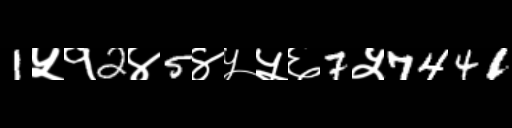
Text: 1५१2४5४५५६7५7441